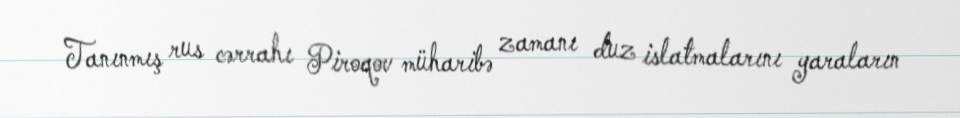
Tanınmış rus cərrahı Piroqov müharibə zamanı duz islatmalarını yaraların